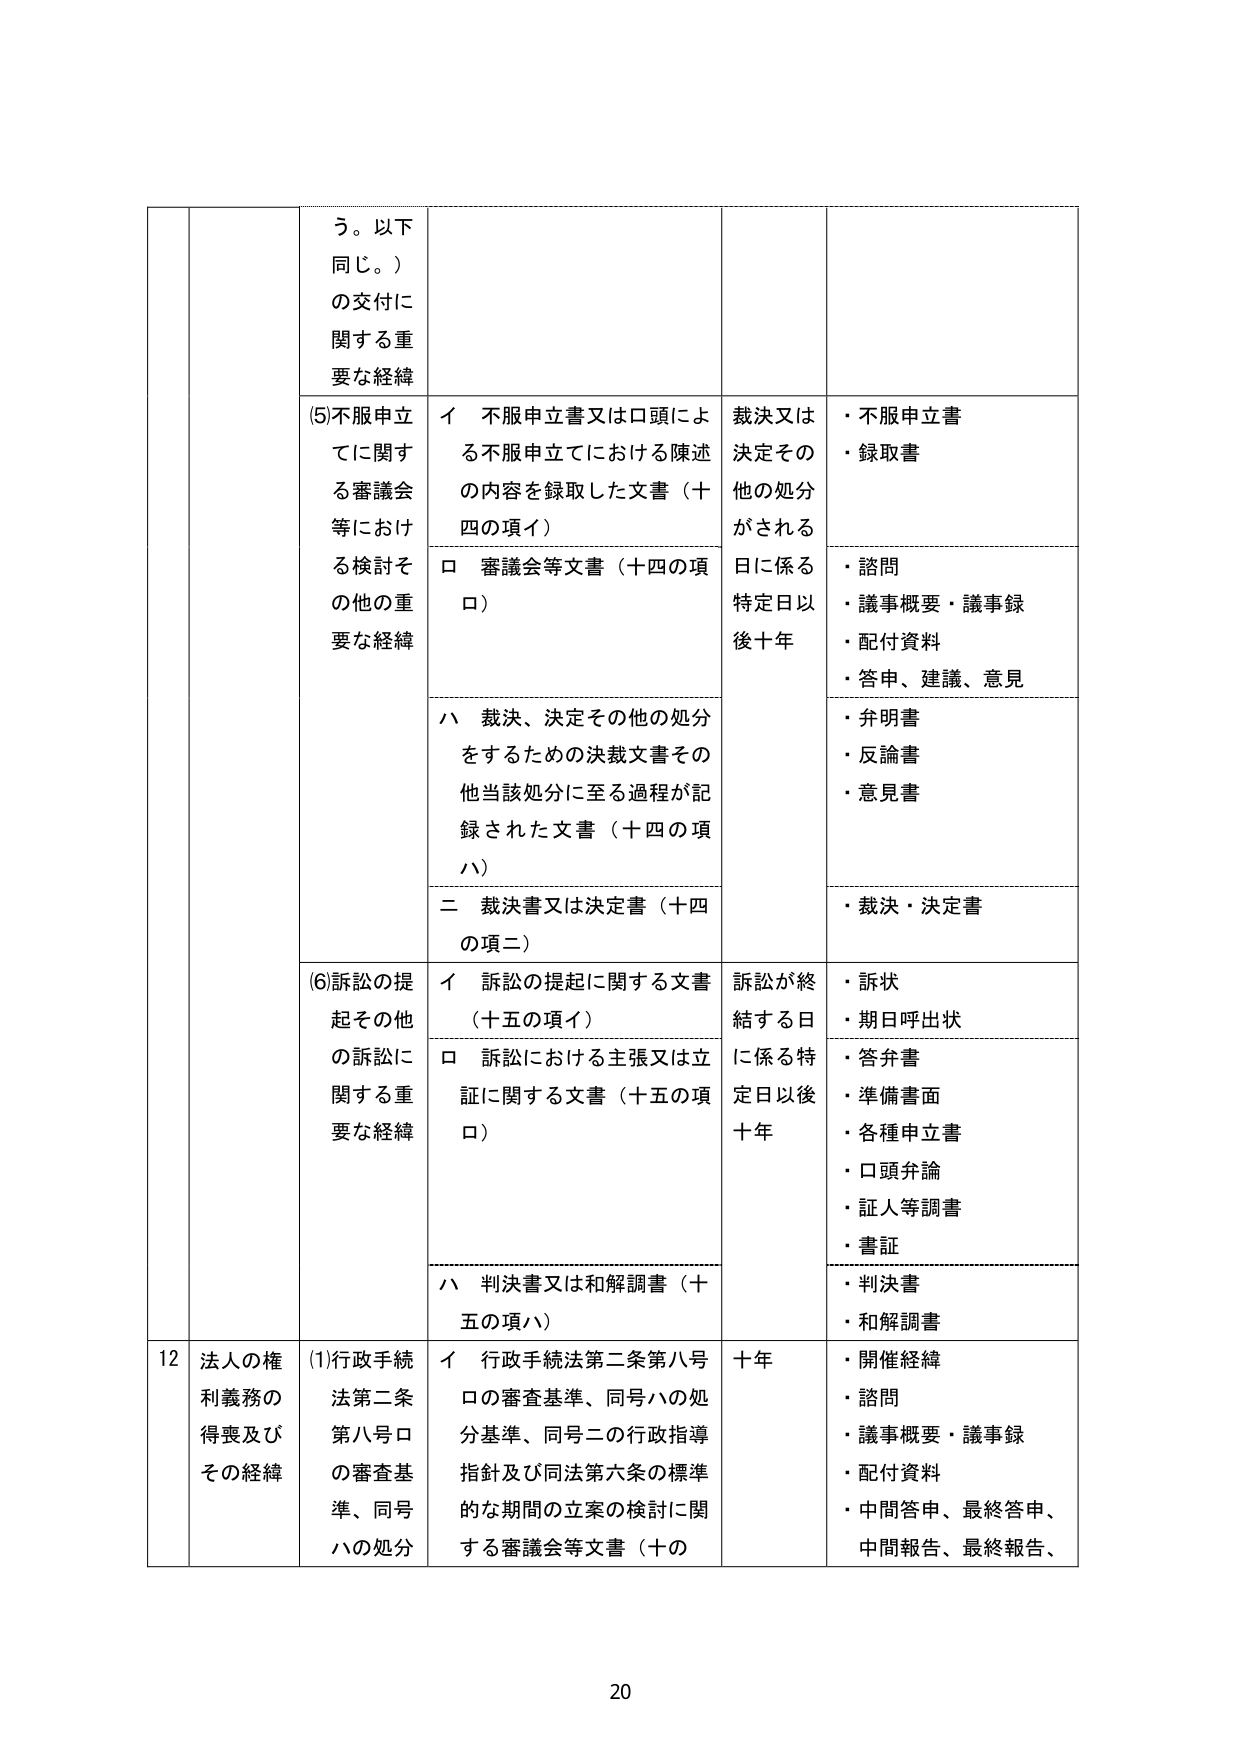
う。以下
同じ。）
の交付に
関する重
要な経緯

(5)不服申立
てに関する
審議会
等におけ
る検討そ
の他の重
要な経緯

イ 不服申立書又は口頭によ
る不服申立てにおける陳述
の内容を録取した文書（十
四の項イ）

ロ 審議会等文書（十四の項
ロ）

ハ 裁決、決定その他の処分
をするための決裁文書その
他当該処分に至る過程が記
録された文書（十四の項
ハ）

二 裁決書又は決定書（十四
の項二）

裁決又は
決定その
他の処分
がされる
日に係る
特定日以
後十年

・不服申立書
・録取書

・諮問
・議事概要・議事録
・配付資料
・答申、建議、意見

・弁明書
・反論書
・意見書

・裁決・決定書

(6)訴訟の提
起その他
の訴訟に
関する重
要な経緯

イ 訴訟の提起に関する文書
（十五の項イ）

ロ 訴訟における主張又は立
証に関する文書（十五の項
ロ）

ハ 判決書又は和解調書（十
五の項ハ）

訴訟が終
結する日
に係る特
定日以後
十年

・訴状
・期日呼出状

・答弁書
・準備書面
・各種申立書
・口頭弁論
・証人等調書
・書証

・判決書
・和解調書

12 法人の権
利義務の
得喪及び
その経緯

(1)行政手続
法第二条
第八号ロ
の審査基
準、同号
ハの処分

イ 行政手続法第二条第八号
ロの審査基準、同号ハの処
分基準、同号二の行政指導
指針及び同法第六条の標準
的な期間の立案の検討に関
する審議会等文書（十の

十年

・開催経緯
・諮問
・議事概要・議事録
・配付資料
・中間答申、最終答申、
中間報告、最終報告、

20